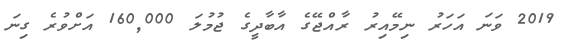
2019 ވަނަ އަހަރު ނިމޭއިރު ރާއްޖޭގެ އާބާދީގެ ޖުމުލަ 160